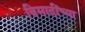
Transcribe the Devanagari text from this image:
विमादींच्या